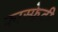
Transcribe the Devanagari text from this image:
फास्फेटी